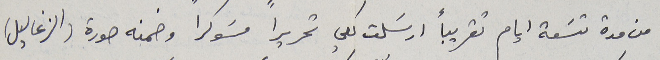
من مدة تسَعة ايام تقريباً ارسَلت لكي تحريراً مسَوكراً وضمنه صورة (الزغاليل)